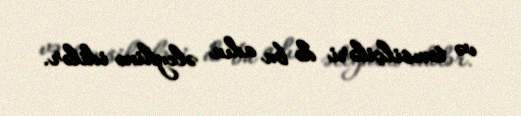
və təmsilçiləri də bu adın əleyhinə idilər.